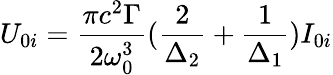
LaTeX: U_{0i}=\frac{\pi c^{2}\Gamma}{2\omega_{0}^{3}}(\frac{2}{\Delta_{2}}+\frac{1}{\Delta_{1}})I_{0i}